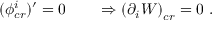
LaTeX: ( \phi _ { c r } ^ { i } ) ^ { \prime } = 0 \qquad \Rightarrow \left( \partial _ { i } W \right) _ { c r } = 0 \ .